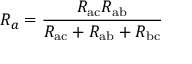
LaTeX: R _ { a } = { \frac { R _ { \mathrm { a c } } R _ { \mathrm { a b } } } { R _ { \mathrm { a c } } + R _ { \mathrm { a b } } + R _ { \mathrm { b c } } } }